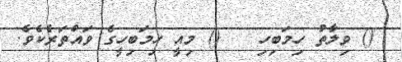
() ވިލާތު ހިމަބިހި   () މިއީ ހިމަބިހީގެ ވައްތަރެކެވެ.